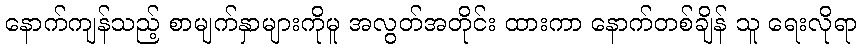
နောက်ကျန်သည့် စာမျက်နှာများကိုမူ အလွတ်အတိုင်း ထားကာ နောက်တစ်ချိန် သူ ရေးလိုရာ